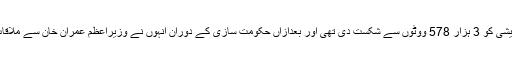
یاد رہے کہ محمد سلمان نے وزیر خارجہ شاہ محمود قریشی کو 3 ہزار 578 ووٹوں سے شکست دی تھی اور بعدازاں حکومت سازی کے دوران انہوں نے وزیراعظم عمران خان سے ملاقات کے بعد تحریک انصاف میں شمولیت کا اعلان کیا تھا۔